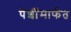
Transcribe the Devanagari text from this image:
पेशींमार्फत